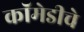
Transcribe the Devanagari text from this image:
कॉमेडीचे